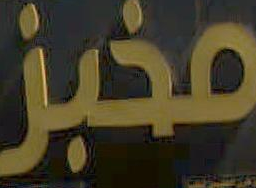
مخبز